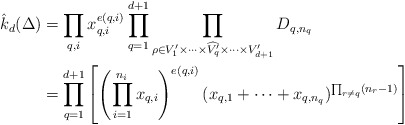
\begin{align*}\hat{k}_d(\Delta)&= \prod_{q,i} x_{q,i}^{e(q,i)} \prod_{q=1}^{d+1} \prod_{\rho\in V'_1\times\cdots\times\widehat{V'_q}\times\cdots\times V'_{d+1}} D_{q,n_q}\\&= \prod_{q=1}^{d+1} \left[ \left(\prod_{i=1}^{n_i} x_{q,i}\right)^{e(q,i)}(x_{q,1}+\cdots+x_{q,n_q})^{\prod_{r\neq q}(n_{r}-1)} \right]\end{align*}